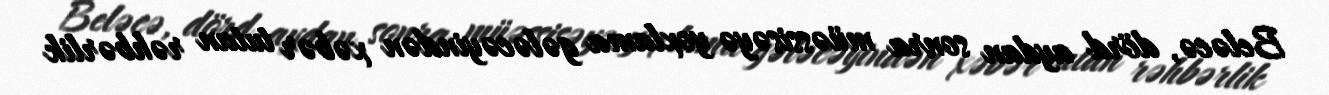
Beləcə, dörd aydan sonra müəssisəyə yoxlama gələcəyindən xəbər tutan rəhbərlik